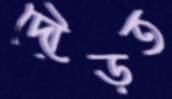
দৌড়ত